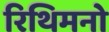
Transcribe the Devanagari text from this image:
रिथिमनो